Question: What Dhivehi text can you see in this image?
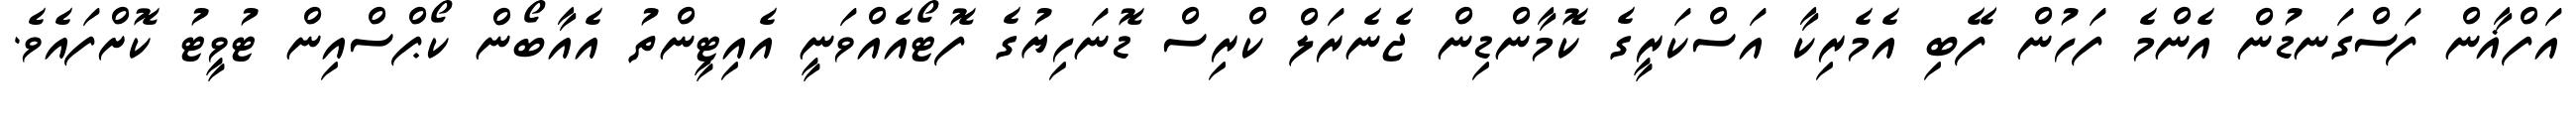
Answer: އަފްޣާން ފަސްގަނޑުން އެންމެ ފަހުން ފޭބި އެމެރިކާ އަސްކަރީގެ ކޮމާންޑިން ޖެނެރަލް ކްރިސް ޑޮނަހިޔުގެ ފޮޓޯއެއްވަނީ އެއިޓީންތު އެއާބޯން ކޯޕްސްއިން ޓުވީޓު ކޮށްފައެވެ.